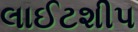
લાઈટશીપ